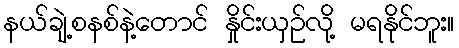
နယ်ချဲ့စနစ်နဲ့တောင် နှိုင်းယှဉ်လို့ မရနိုင်ဘူး။